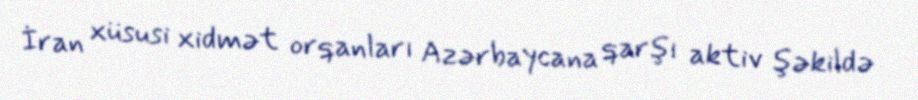
İran xüsusi xidmət orqanları Azərbaycana qarşı aktiv şəkildə